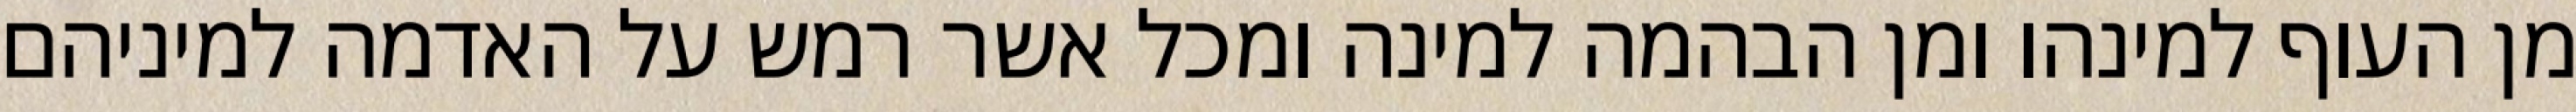
מן העוף למינהו ומן הבהמה למינה ומכל אשר רמש על האדמה למיניהם